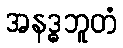
အနဒ္ဓဘူတံ